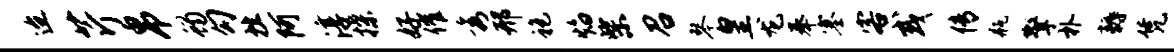
迨芹帛蝎勾挫阿淳揲好催秀邢袍焰柴召琴皇龙奉塞客或传瓶擎朴耨凭